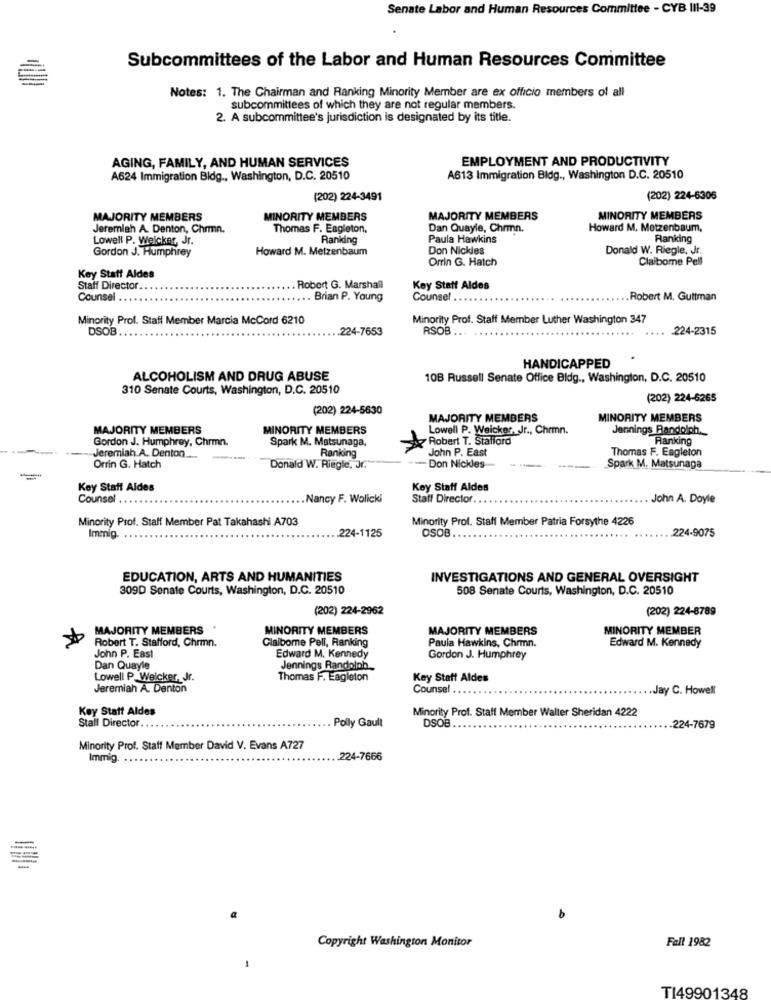
Senate Labor and Human Resources Committee - CYB 111-39
Subcommittees of the Labor and Human Resources Committee
Notes: 1. The Chairman and Ranking Minority Member are ex officio members of all
subcommittees of which they are not regular members.
2. A subcommittee's jurisdiction is designated by its title.
AGING, FAMILY, AND HUMAN SERVICES
EMPLOYMENT AND PRODUCTIVITY
A624 Immigration Bidg ., Washington, D.C. 20510
A613 Immigration Bldg ., Washington D.C. 20510
(202) 224-3491
(202) 224-6306
MAJORITY MEMBERS
MINORITY MEMBERS
MAJORITY MEMBERS
MINORITY MEMBERS
Jeremiah A. Denton, Chrmn.
Thomas F. Eagleton,
Dan Quayle, Chrmn.
Howard M. Motzenbaum,
Lowell P. Weicker, Jr.
Ranking
Paula Hawkins
Ranking
Howard M. Metzenbaum
Don Nickles
Donald W. Riegle, Jr.
Gordon J. Humphrey
Orrin G. Hatch
Claiborne Pell
Key Staff Aldes
Staff Director ..
Robert G. Marshall
Key Statt Aldes
Counsel .
Brian P. Young
Counsel ...
.Robert M. Guttman
Minority Prof. Staff Member Marcia McCord 6210
Minority Prof. Staff Member Luther Washington 347
DSOB
.224-7653
RSOB
-224-2315
HANDICAPPED
ALCOHOLISM AND DRUG ABUSE
10B Russell Senate Office Bldg ., Washington, D.C. 20510
310 Senate Courts, Washington, D.C. 20510
(202) 224-6265
(202) 224-5630
MAJORITY MEMBERS
MINORITY MEMBERS
MAJORITY MEMBERS
MINORITY MEMBERS
Lowell P. Weicker, Jr ., Chrmn.
Jennings Randolph.
Gordon J. Humphrey, Chrmn.
Spark M. Matsunaga,
Robert T. Stafford
Ranking
John P. East
Thomas F. Eagleton
Jeremiah A. Denton ...
Ranking
Orrin G. Hatch
Donald W. Ringle, Jr.
- Don Nickles-
---
Spark M. Matsunaga
Key Staff Aldes
Key Staff Aldes
Counsel .
.Nancy F. Wolicki
Staff Director ...
John A. Doyle
Minority Prof. Staff Member Pat Takahashi A703
Minority Prof. Staff Member Patria Forsythe 4226
224-1125
OSOB
224-9075
Immig
EDUCATION, ARTS AND HUMANITIES
INVESTIGATIONS AND GENERAL OVERSIGHT
309D Senate Courts, Washington, D.C. 20510
508 Senate Courts, Washington, D.C. 20510
(202) 224-2962
(202) 224-8789
MAJORITY MEMBERS
MINORITY MEMBERS
MAJORITY MEMBERS
MINORITY MEMBER
Robert T. Stafford, Chrmn.
John P. East
Claiborne Pell, Ranking
Paula Hawkins, Chrmn.
Edward M. Kennedy
Edward M. Kennedy
Gordon J. Humphrey
Dan Quayle
Jennings Randolph
Lowell P.Weicker, Jr.
Thomas F. Eagleton
Key Staff Aldes
Jeremiah A. Denton
Counsel
.Jay C. Howell
Key Statt Aldes
Minority Prof. Staff Member Walter Sheridan 4222
Stall Director ..
Polly Gault
DSOB
.224-7679
Minority Prof. Staff Member David V. Evans A727
Immig
224-7666
-
Copyright Washington Monitor
Fall 1982
-
TI49901348